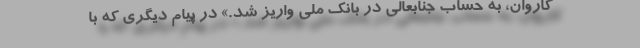
کاروان، به حساب جنابعالی در بانک ملی واریز شد.» در پیام دیگری که با